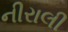
નીરાલી